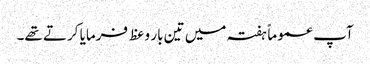
آپ عموماًہفتہ میں تین بار وعظ فرمایا کرتے تھے۔